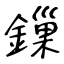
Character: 鏁